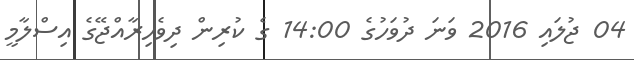
04 ޖުލައި 2016 ވަނަ ދުވަހުގެ 14:00 ގެ ކުރިން ދިވެހިރާއްޖޭގެ އިސްލާމީ